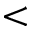
<